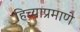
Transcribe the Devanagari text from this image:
हिच्याप्रमाणे